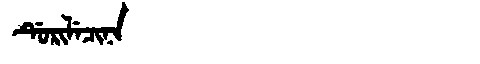
Manchu: ᡩᡠᡵᡳᠯᡝᠴᡳᠨᠠ
Romanization: DURILECINA